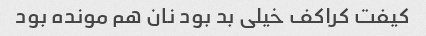
کیفت کراکف خیلی بد بود نان هم مونده بود